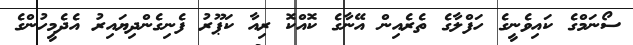
ސޯނަމްގެ ކައިވެނީގެ ހަފްލާގެ ތެރެއިން އޭނާގެ ކޮއްކޮ ރިއާ ކަޕޫރު ފެނިގެންދިޔައިރު އެދެމީހުންގެ